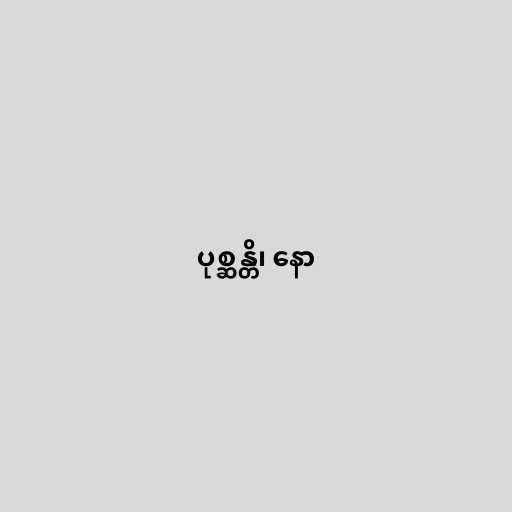
ပုစ္ဆန္တိ၊ နော